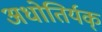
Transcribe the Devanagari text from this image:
अधोतिर्यक्‌